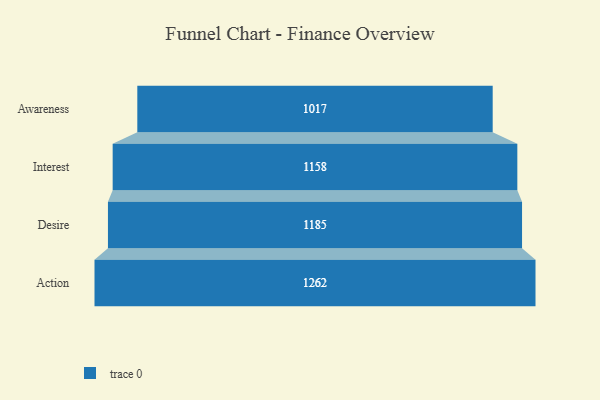
{"axis": {"x": "Stage", "y": "Value"}, "legend": [""], "data": [{"x": "Awareness", "y": 1017.0, "type": ""}, {"x": "Interest", "y": 1158.0, "type": ""}, {"x": "Desire", "y": 1185.0, "type": ""}, {"x": "Action", "y": 1262.0, "type": ""}]}